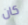
كان